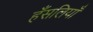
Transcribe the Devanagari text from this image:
हँसलियाँ